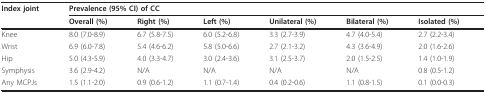
<table><thead><tr><td><b>Index joint</b></td><td colspan="6"><b>Prevalence (95% CI) of CC</b></td></tr><tr><td></td><td><b>Overall (%)</b></td><td><b>Right (%)</b></td><td><b>Left (%)</b></td><td><b>Unilateral (%)</b></td><td><b>Bilateral (%)</b></td><td><b>Isolated (%)</b></td></tr></thead><tbody><tr><td>Knee</td><td>8.0 (7.0-8.9)</td><td>6.7 (5.8-7.5)</td><td>6.0 (5.2-6.8)</td><td>3.3 (2.7-3.9)</td><td>4.7 (4.0-5.4)</td><td>2.7 (2.2-3.4)</td></tr><tr><td>Wrist</td><td>6.9 (6.0-7.8)</td><td>5.4 (4.6-6.2)</td><td>5.8 (5.0-6.6)</td><td>2.7 (2.1-3.2)</td><td>4.3 (3.6-4.9)</td><td>2.0 (1.6-2.6)</td></tr><tr><td>Hip</td><td>5.0 (4.3-5.9)</td><td>4.0 (3.3-4.7)</td><td>3.0 (2.4-3.6)</td><td>3.1 (2.5-3.7)</td><td>2.0 (1.5-2.5)</td><td>1.4 (1.0-1.9)</td></tr><tr><td>Symphysis</td><td>3.6 (2.9-4.2)</td><td>N/A</td><td>N/A</td><td>N/A</td><td>N/A</td><td>0.8 (0.5-1.2)</td></tr><tr><td>Any MCPJs</td><td>1.5 (1.1-2.0)</td><td>0.9 (0.6-1.2)</td><td>1.1 (0.7-1.4)</td><td>0.4 (0.2-0.6)</td><td>1.1 (0.8-1.5)</td><td>0.1 (0.0-0.3)</td></tr></tbody></table>